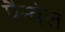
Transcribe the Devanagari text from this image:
पैन्वेल